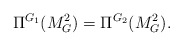
\begin{align*}\Pi^{G_1}(M_G^2) = \Pi^{G_2}(M_G^2).\end{align*}